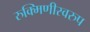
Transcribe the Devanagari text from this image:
रुक्मिणीस्वरुप